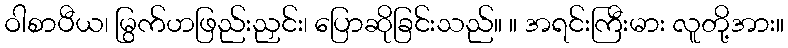
ဝါစာပီယ၊ မြွက်ဟဖြည်းညှင်း၊ ပြောဆိုခြင်းသည်။ ။ အရင်းကြီးမား လူတို့အား။